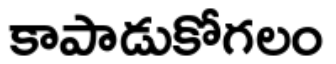
కాపాడుకోగలం